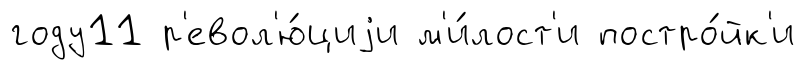
году11 р'евол'ю́циjи м'и́лост'и постро́йк'и